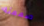
صممته